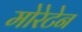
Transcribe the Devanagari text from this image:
मोरेटेन